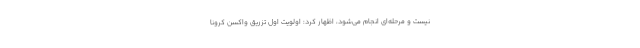
نیست و مرحله‌ای انجام می‌شود، اظهار کرد: اولویت اول تزریق واکسن کرونا